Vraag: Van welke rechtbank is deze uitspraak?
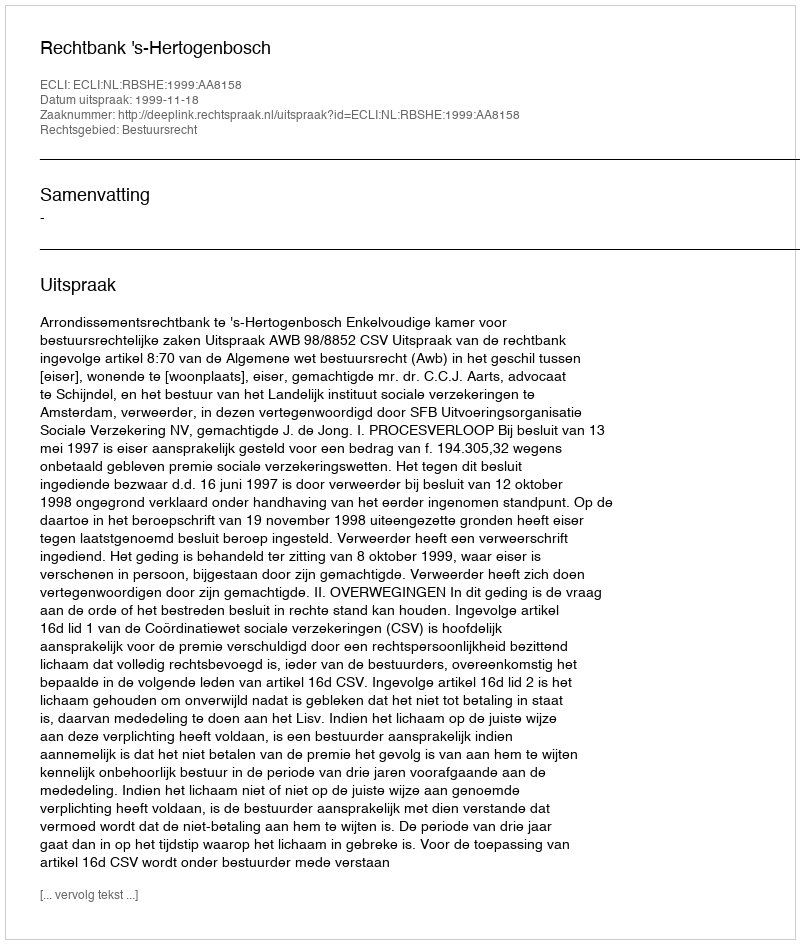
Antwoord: Rechtbank 's-Hertogenbosch